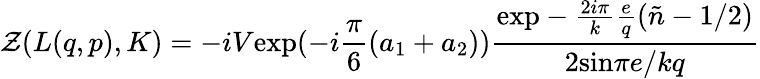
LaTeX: {\cal Z}(L(q,p),K)=-iV\mathrm{exp}(-i\frac{\pi}{6}(a_{1}+a_{2}))\frac{\mathrm{exp}-\frac{2i\pi}{k}\frac{e}{q}(\tilde{n}-1/2)}{2\mathrm{sin}\pi e/kq}